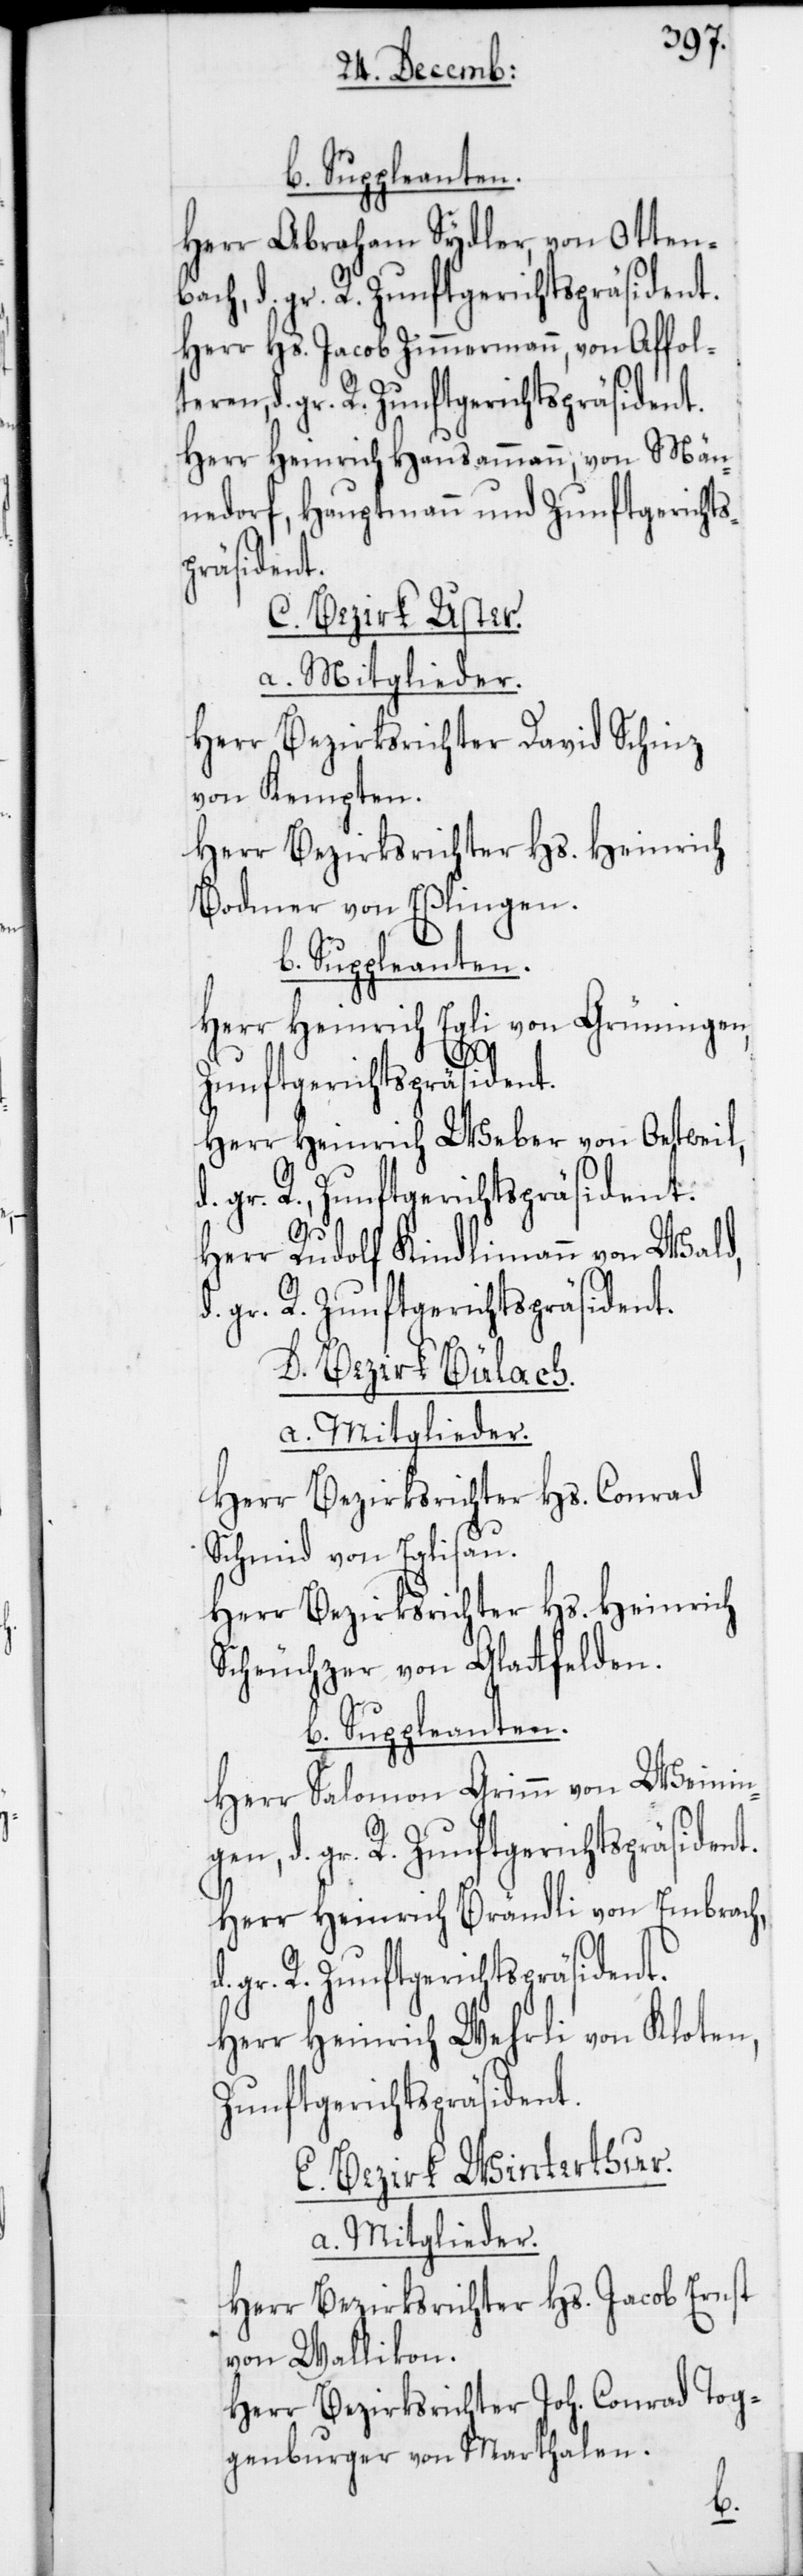
b. Suppleanten.
Herr Abraham Sydler, von Otten¬
bach, d. gr. R. Zunftgerichtspräsident.
Herr Hs. Jacob Zimmermann, von Affol¬
Herr Heinrich Hausammann, von Män¬
nedorf, Hauptmann und Zunftgerichts¬
gen,
C. Bezirk Uster.
a. Mitglieder.
Herr Bezirksrichter David Schinz
von Kempten.
Herr Bezirksrichter Hs. Heinrich
Bodmer von Eßlingen.
b. Suppleanten.
Herr Heinrich Egli von Grüningen,
Zunftgerichtspräsident.
Herr Heinrich Weber von Oetweil,
d. gr. R. Zunftgerichtspräsident.
Herr Rudolf Kindlimann von Wald,
D. Bezirk Bülach.
a. Mitglieder.
Herr Bezirksrichter Hs. Conrad
Schmid von Eglisau.
Herr Bezirksrichter Hs. Heinrich
Scheuchzer von Glattfelden.
b. Suppleanten.
Herr Salomon Grimm von Weinin¬
Herr Heinrich Brändli von Embrach,
Herr Heinrich Wehrli von Kloten,
Zunftgerichtspräsident.
E. Bezirk Winterthur.
a. Mitglieder.
Herr Bezirksrichter Hs. Jacob Ernst
von Wallikon.
Herr Bezirksrichter Joh. Conrad Tog¬
genburger von Marthalen.